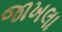
જાખલા